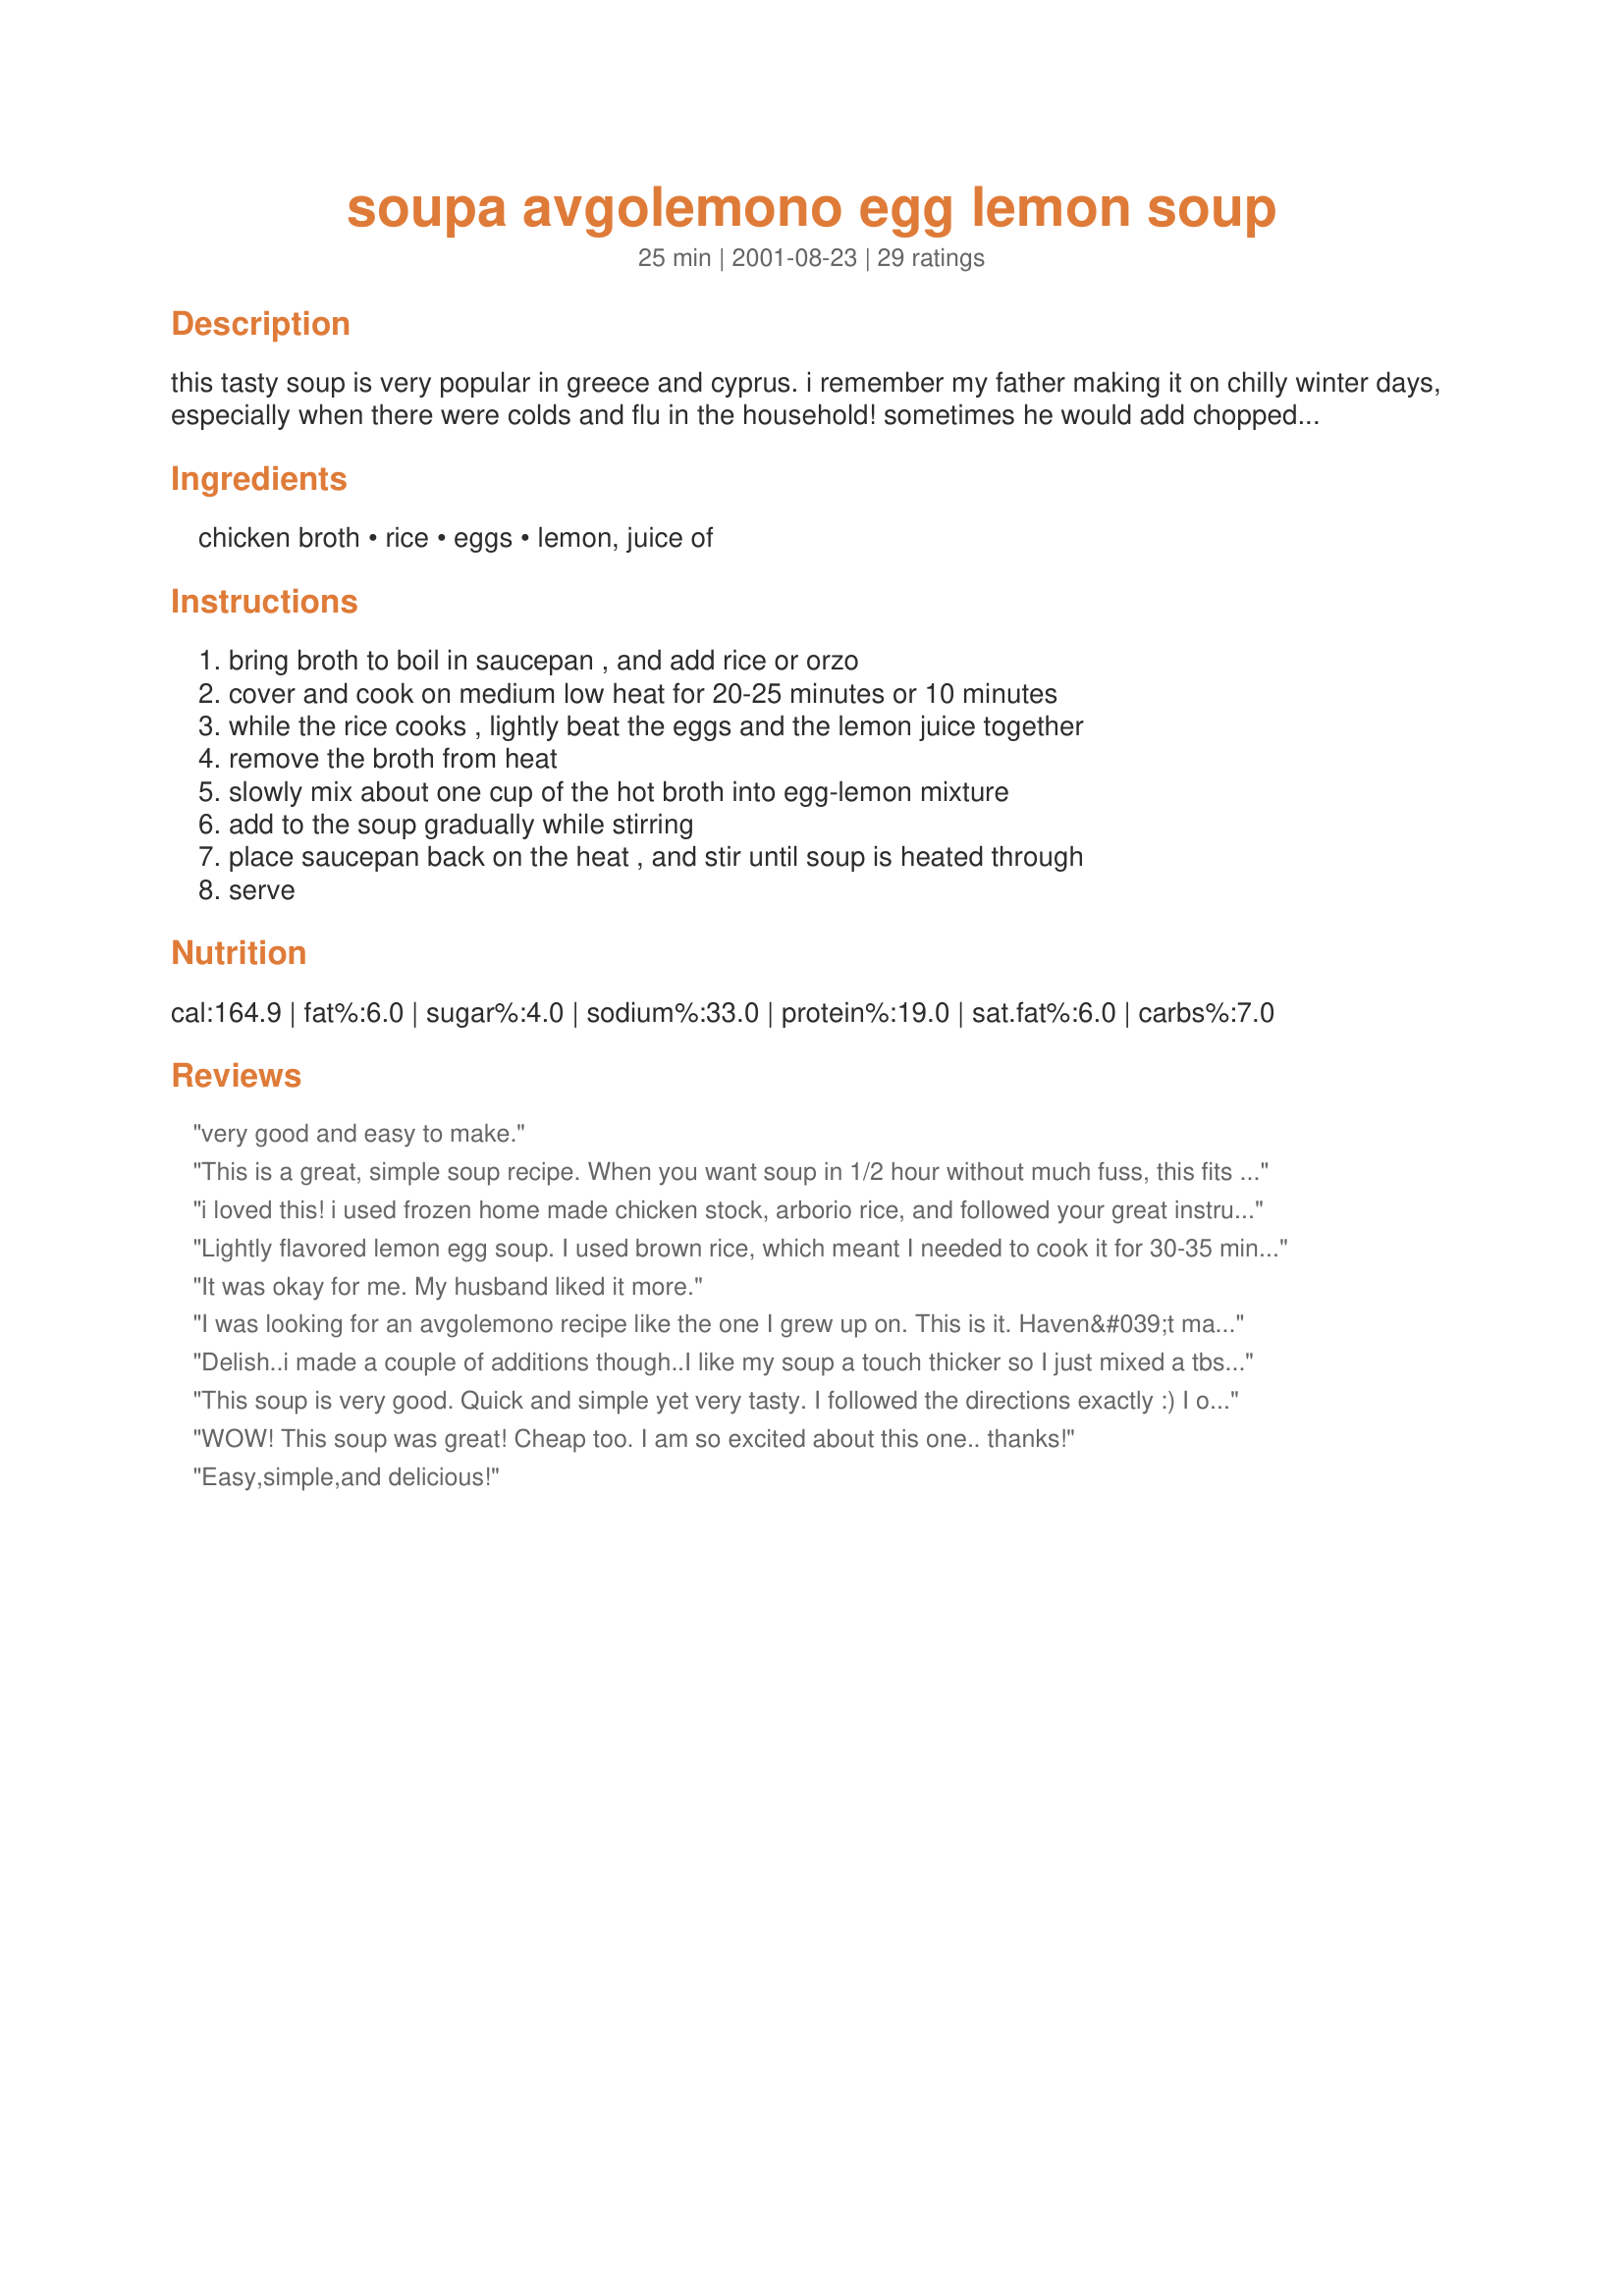
soupa avgolemono egg lemon soup
Preparation time: 25 minutes

this tasty soup is very popular in greece and cyprus. i remember my father making it on chilly winter days, especially when there were colds and flu in the household! sometimes he would add chopped, cooked chicken to the soup, and other times he would serve it plain. this is a taste of my childhood.

Ingredients:
chicken broth, rice, eggs, lemon, juice of

Steps:
bring broth to boil in saucepan , and add rice or orzo, cover and cook on medium low heat for 20-25 minutes or 10 minutes, while the rice cooks , lightly beat the eggs and the lemon juice together, remove the broth from heat, slowly mix about one cup of the hot broth into egg-lemon mixture, add to the soup gradually while stirring, place saucepan back on the heat , and stir until soup is heated through, serve

Reviews:
very good and easy to make.
This is a great, simple soup recipe. When you want soup in 1/2 hour without much fuss, this fits the bill. I would have liked it to be a bit thicker. Maybe that depends on what kind of rice you use. The lemon flavour really packs a punch and I added a bit of lemon pepper, onion and celery to intensify the flavour.
i loved this! i used frozen home made chicken stock, arborio rice, and followed your great instructions about the tempering. i used 8 c of stock and did cook the rice for 30 mins as arborio takes longer, but it is creamy. this soup was great for my dh who is down with a cold. i added some meatballs to one half, and it made a complete meal for me.
Lightly flavored lemon egg soup. I used brown rice, which meant I needed to cook it for 30-35 minutes. I also added 2 ounces of tofu and a green onion right before the egg/lemon mixture. Don't use egg beaters for this - they just don't work as well as real eggs in this soup! Thanks for sharing, this is a great recipe for a cold night that doesn't require many ingredients or time!
It was okay for me. My husband liked it more.
I was looking for an avgolemono recipe like the one I grew up on. This is it. Haven&#039;t made this yet, but I know from the ingredients it is exactly what I&#039;m looking for. I like to serve this with extra lemons, dodonis feta, and a nice crusty loaf of bread. I can&#039;t wait for dinner tonight :)
Delish..i made a couple of additions though..I like my soup a touch thicker so I just mixed a tbs of flour with a laddle of flour and wisked it into the soup. I also added about a half cup of parmasane cheese and a tbs of butter at the end off heat..was awesome!!
This soup is very good. Quick and simple yet very tasty. I followed the directions exactly :) I only have one tip that might help. When you are ready to add the eggs to the soup, take the soup off the burner and let it sit for about 15 min. then add the egg. If you add the eggs while the soup is too hot they will seperate creating an egg drop soup effect. This will be made in my house again for sure! Even the baby loved it :)
WOW! This soup was great! Cheap too. I am so excited about this one.. thanks!
Easy,simple,and delicious!
I liked this, but for me it had way too much rice when I followed the recipe, so I added another can of chicken broth. Husband didn't like this at all, so I probably won't make it again unless it's for other people. I liked the slight bitey aftertaste of the lemon juice and that the eggs gave the soup a nice creamy texture. I'm going to cook some chicken to add to the leftovers tomorrow for lunch. My 4 yo old loved it, btw, so thanks for the recipe!
Not Impressive
We really enjoyed this! I halved the recipe, but found I needed to top up the stock a little after boiling the rice for 20 minutes. I topped up with chicken stock but, I think, next time, I'll top up with water as it ended up just a little salty. I used two small eggs and, I think next time, I might add a couple of teaspoons of cornflour just to thicken it a little more. The juice of one fairly large lemon was exactly right for my half quantity. I'd use the juice of 2 lemons if making the full amount. The only other change I made was to add a good shake of dried dill and a sprinkling of black pepper. I've read other recipes on Zaar which add milk and butter to this soup. Personally, I think this simple version is rich enough without those unnecessary additions. I served it with freshly made French baguette smothered with butter. The saltiness of the butter balanced the tartness of the soup particularly well.
this is a very well represented traditional avgolemono. Simple, delicious, timeless.
Very good and very simple to make. I used jasmine rice and thought it was very nice in the soup.
Great directions, very easy to make and delicious! Will definitely make again. UPDATE: I just made this recipe for the second time. This time I used 4 eggs and the juice of 2 lemons, and I find it that I prefer it much better this way, it is more creamy and lemony. I also added some finely chopped carrots and cooked chicken. This recipe is definitely a keeper!
This recipe was perfect. The others have too much stuff in them. This is exactly how my greek friends make it!
Sometimes the simplest recipe is the best ... This was great. I played a little too fast and loose with the proportions; used 4 cups chicken broth to 1/2 cup rice. It came out thicker than we probably would have liked, but the flavor was great. I'll make it again tonight using the proper proportions. I made this because I have the world's WORST cold/virus right now; maybe it's psychosomatic, but I do feel better this morning. More chicken soup!
This recipe is so simple yet so good! I just had two big bowls of it for lunch and it turned out great. :) One thing I've learned from experience is when reheating, keep the heat on LOW, gently warming the soup - otherwise the egg in the broth may burn or stick to the bottom of the pot. Thanks for sharing your wonderful recipe.
Simple. Good. My lemon was small- next time I'll use two and i used pearl barley instead of the rice or orzo. Was tasty!
Yum. Boil some chicken in for protein. Love this when i&#039;m sick!
I made a third of this recipe just for me- a very satisfying and delicious lunch. Very creamy and lemony. Wouldn't change a thing. Thanks for posting!
I made this for one and it was perfect. Simple & quick! The egg & lemon did give an extra oomph in terms of flavor. I didn't use any rice, but served this with a Greek Potato salad from another recipe on this site.
The original Greek recipe is slightly different than the above one. 

Basically, what you do is create your own chicken broth (boil chicken with a hint of lemon), follow the above directions, and in the end add pieces of chicken back.

Of course, this is the island version. Maybe the mainland avoids the chicken for some reason :)
This was very simple and delicious, but it didn't go over as well as I had hoped with my family, hence only four stars. I loved it, though.
Excellent. I plan to make this again just as the recipe suggests. I served this at a dinner party and everyone wanted the recipe. They were also amazed at how easy the recipe was to make. Perfect for experienced cooks and novices alike. Leftovers reheated easily. Too bad there was only one portion left.
This started out as an inspired choice to get rid of the blahs. What could be better for an incipient cold than my homemade chicken stock with egg, for energy, and lemon for vitamin C, mixed in? Well, I made it. It was easy, and it's DELICIOUS!!! Now, I don't yell a lot, but this soup is utterly amazingly wonderfully delicious. Thank you so much for sharing this recipe with us.
This is so good and simple, I really love it. I like it better than most of the Avgolemono I've had in Greek restaurants. Usually I make it exactly as the recipe is written, and the last couple times I've added some cooked chicken, artichoke hearts and parsley. Thanks.
Delicious! We had to add quite a bit of salt (&amp; a little pepper), but that&#039;s b/c our chicken broth was low-salt. I really appreciated that we had all the ingredients on hand. We awoke with sore throats and coughs, so this recipe was perfect, for its ease, speed, &amp; healthiness. Thank you, truebrit!
